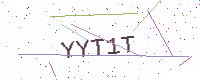
Text: YYT1T